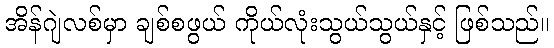
အိန်ဂျဲလစ်မှာ ချစ်စဖွယ် ကိုယ်လုံးသွယ်သွယ်နှင့် ဖြစ်သည်။